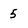
Character: 5